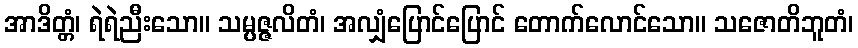
အာဒိတ္တံ၊ ရဲရဲညီးသော။ သမ္ပဇ္ဇလိတံ၊ အလျှံပြောင်ပြောင် တောက်လောင်သော။ သဇောတိဘူတံ၊